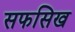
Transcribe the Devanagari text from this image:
सफसिख